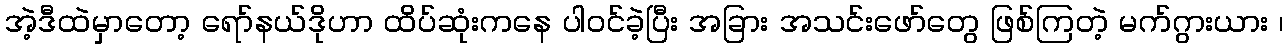
အဲ့ဒီထဲမှာတော့ ရော်နယ်ဒိုဟာ ထိပ်ဆုံးကနေ ပါဝင်ခဲ့ပြီး အခြား အသင်းဖော်တွေ ဖြစ်ကြတဲ့ မက်ဂွားယား ၊